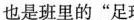
也是班里的”足球